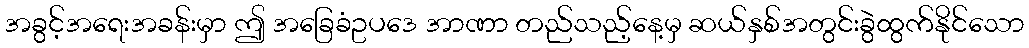
အခွင့်အရေးအခန်းမှာ ဤ အခြေခံဥပဒေ အာဏာ တည်သည့်နေ့မှ ဆယ်နှစ်အတွင်းခွဲထွက်နိုင်သော